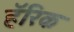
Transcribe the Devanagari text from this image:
हॅरिक